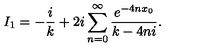
I _ { 1 } = - \frac { i } { k } + 2 i \sum _ { n = 0 } ^ { \infty } \frac { e ^ { - 4 n x _ { 0 } } } { k - 4 n i } .